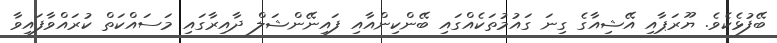
ބޭފުޅެކެވެ. ޔޫރަޕާއި އޭޝިއާގެ ގިނަ ގައުމުތަކެއްގައި ބޭންކިންއާއި ފައިނޭންޝަލް ދާއިރާގައި މަސައްކަތް ކުރައްވާފައިވާ